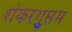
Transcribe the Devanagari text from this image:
शंकरगुप्तम